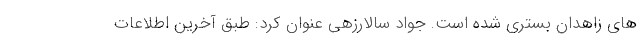
های زاهدان بسترى شده است. جواد سالارزهی عنوان کرد: طبق آخرین اطلاعات